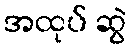
အထုပ် ဆွဲ